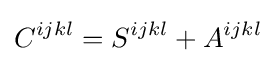
C^{ijkl}=S^{ijkl}+A^{ijkl}